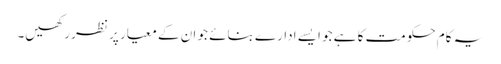
یہ کام حکومت کا ہے جو ایسے ادارے بنائے جو ان کے معیار پر نظر رکھیں۔